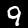
Label: 9